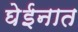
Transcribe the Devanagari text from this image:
घेईनात